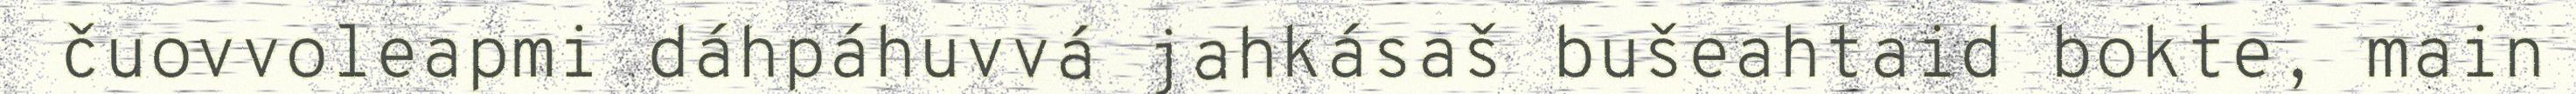
čuovvoleapmi dáhpáhuvvá jahkásaš bušeahtaid bokte, main